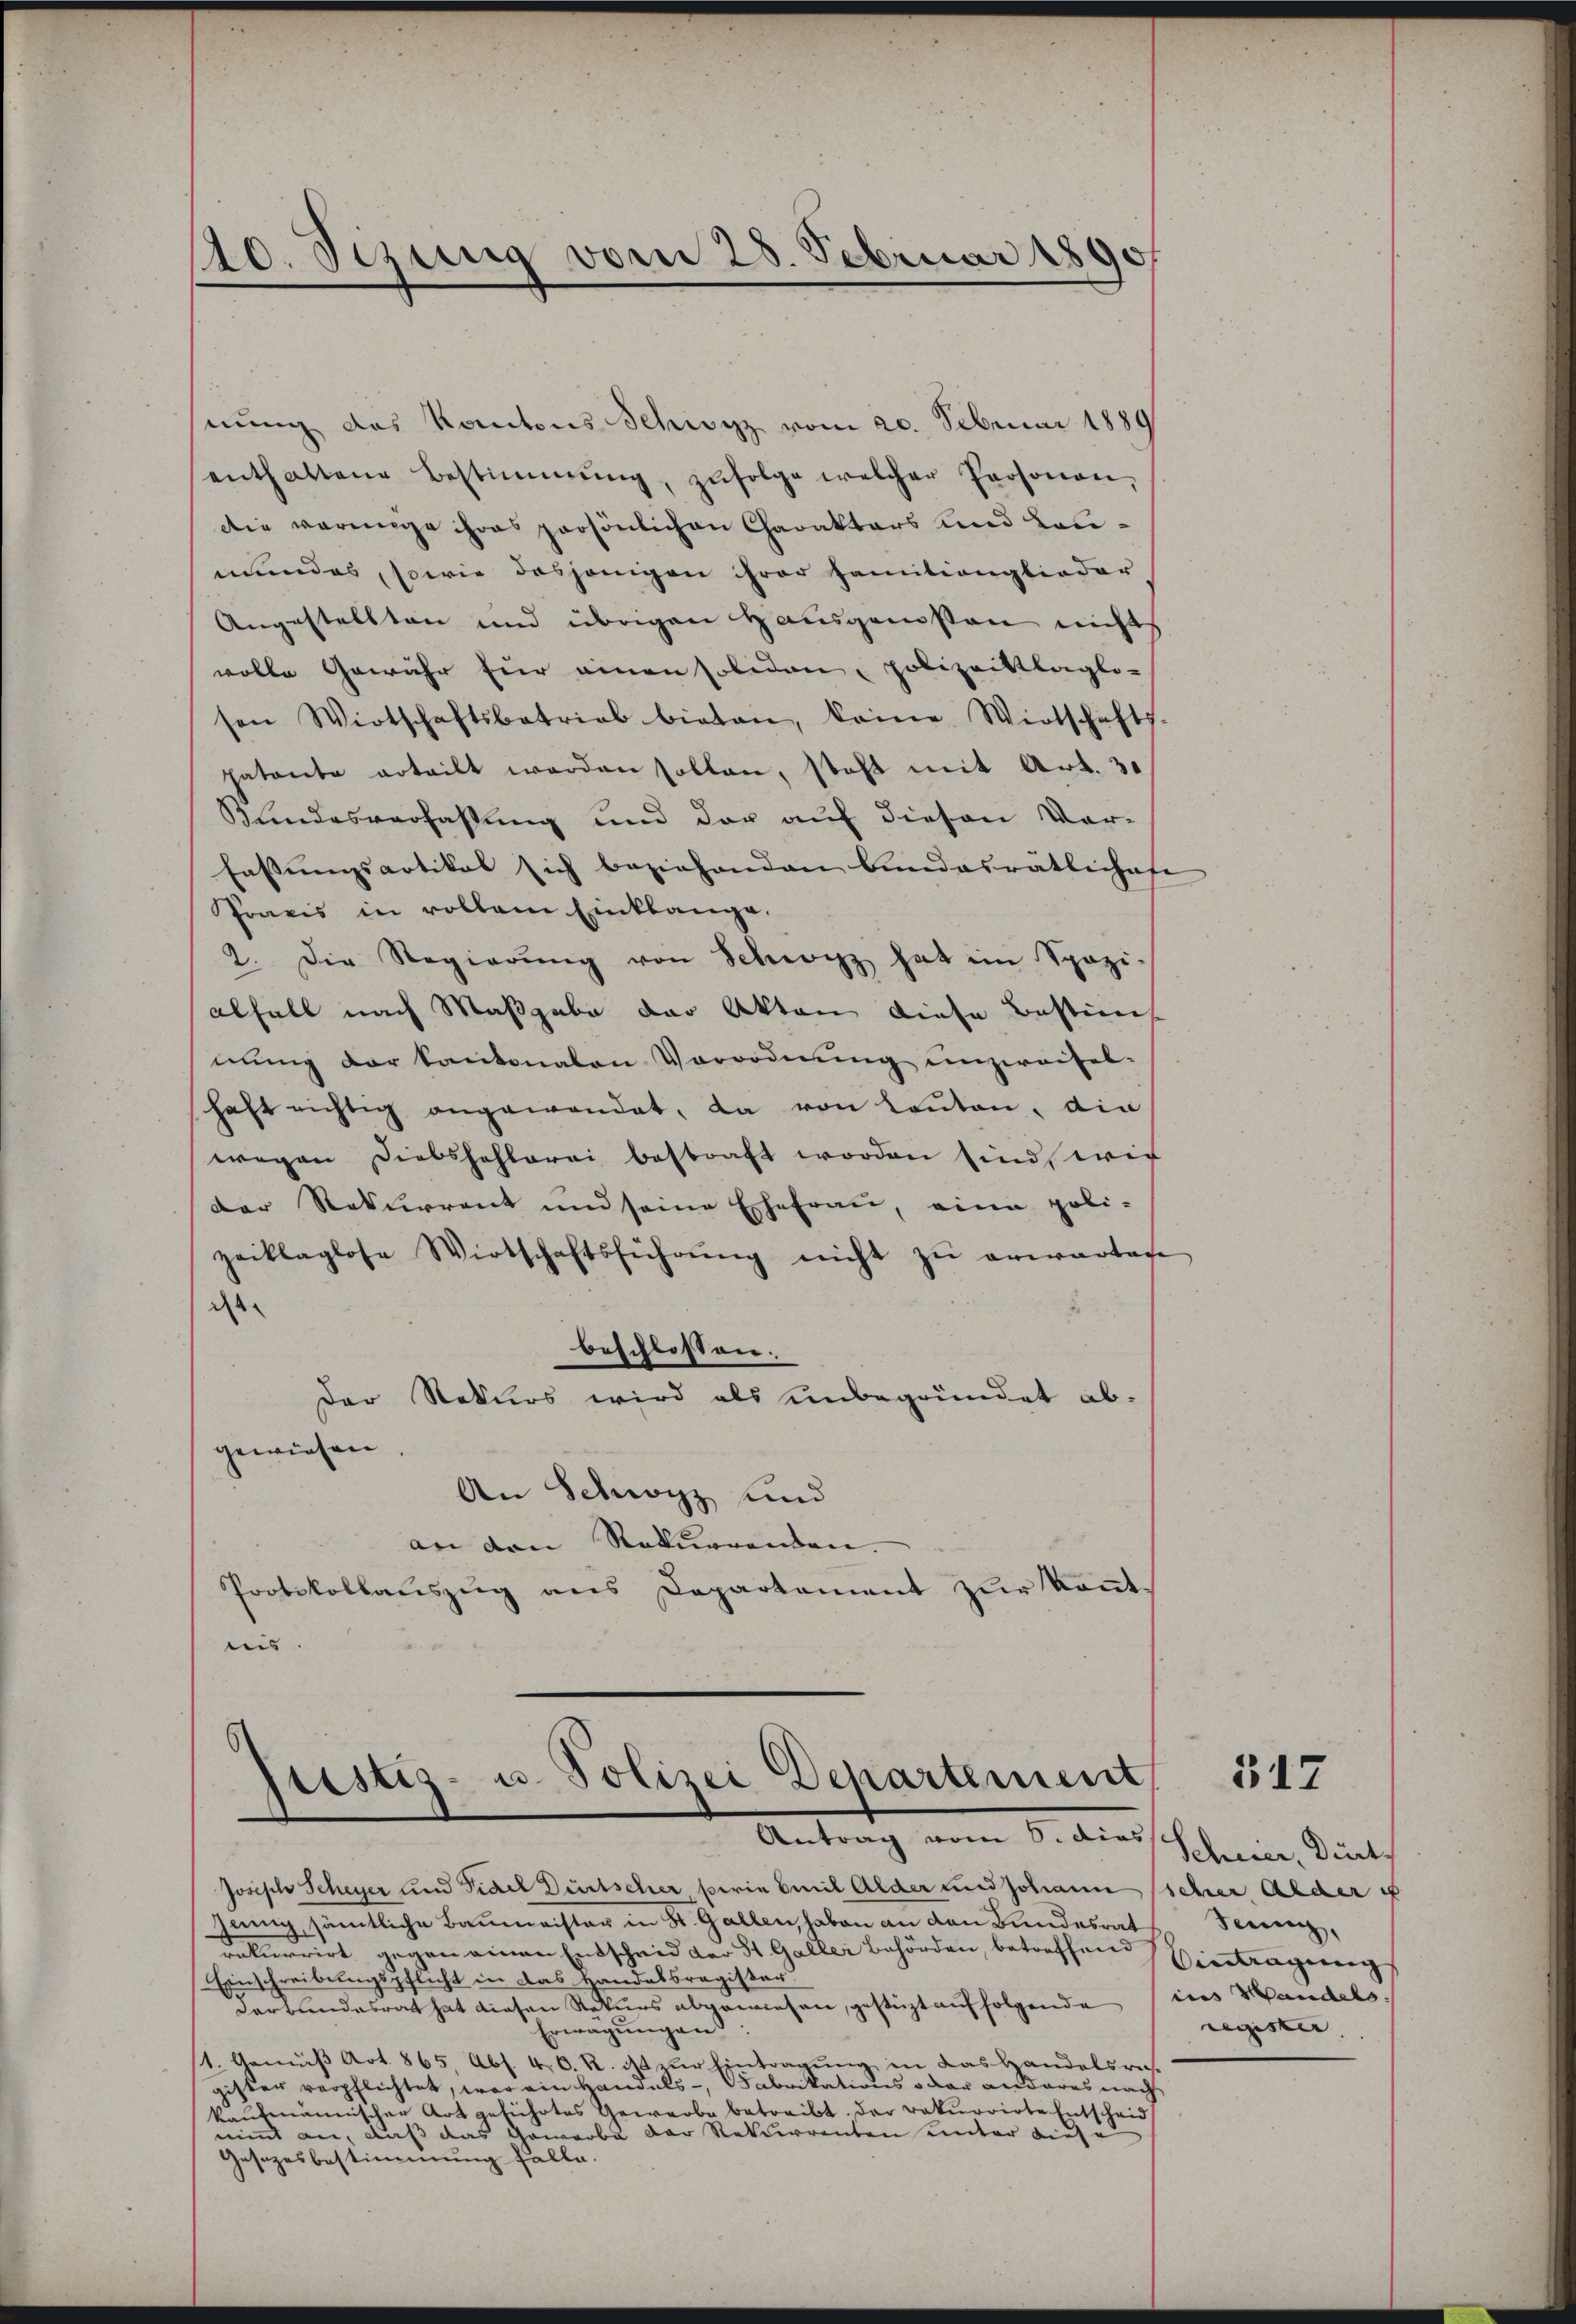
20. Sezung vom 28. Februar 1890

nung des Kantons Schwyz vom 20. Februar 1889
enthaltene Bestimmung, zŭfolge welcher Personen,
die verunge ihres persönlichen Charaktars und Lanmundes, sowie dasjenigen ihrer Familienglieder
Angestellten und übrigen Hausgenossen nicht
wolle Gewähr für einen solidon polizeittlaglo-
sen Wirtschaftsbetrieb bieten, keine Wirtschafts-
patante erteilt werden sollen, steht mit Art. 31
Kindesverfassung und der auf diesen Vor-
Fassŭngsartikel sich beziehenden Bundesrätlichafe
Praxis in vollem Einklange.
2. Die Regierŭng von Schwyz hat im Spazi-
alfall nach Maßgabe der Akten diese Bestim
mung der Kantonalen Vorordnung unzweifel-
haft richtig angewendet, da von lauten, die
wegen Diebshohlerei bestraft worden sind, wie
der Rekurrent und seine Ehefrau, eine poli-
zeiklaglose Wirtschaftsführŭng nicht zŭ erwartage
ds
beschlossen.
Der Rekurs wird als unbegründet abgewiesen
An Schwyz und
an den Rekurrenden.
Protokollauszug aus Departement zur kannt.
nis.

Justiz- u. Polizei Departement
Antrag vom 8. dies

Joseph Scheyer und Fidel Dürtscher, perin Emil Alder und Johann scher Alder u
jing sämtliche Baumeister in St. Gallen, haben an den Bundesrat
rekurrirt gegen einen Entscheid der St. Galler Behörden, betreffen Eintragung
Einschreibungspflicht in das Handelsregister
Verbandesrat hat diesen Rekurs abgewiesen, gestüzt auf folgende
Erwägungen
1. Gemäß Art. 865, Abs. 4. C. R. ist zur Eintragung in das Handelsrus-
gister verpflichtet, war ein Handels-, Fabrikations oder anderes nach
kaufmännischer Art geführtes Gewerbe betreibt. Der rekurrirte Entscheid
nimmt an, daß das Gewerbe der Rekurrenten unter diese
Gesezesbestimmung falle

517

Schwer, Dint
Jeung,
ins Handels
register. |